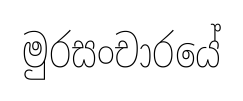
මුරසංචාරයේ